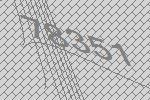
78351